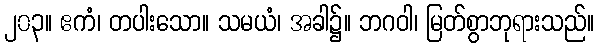
၂၀၃။ ဧကံ၊ တပါးသော။ သမယံ၊ အခါ၌။ ဘဂဝါ၊ မြတ်စွာဘုရားသည်။